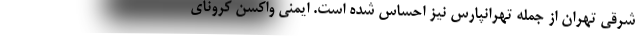
شرقی تهران از جمله تهرانپارس نیز احساس شده است. ایمنی واکسن کرونای